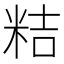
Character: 𮇕